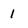
Character: 1